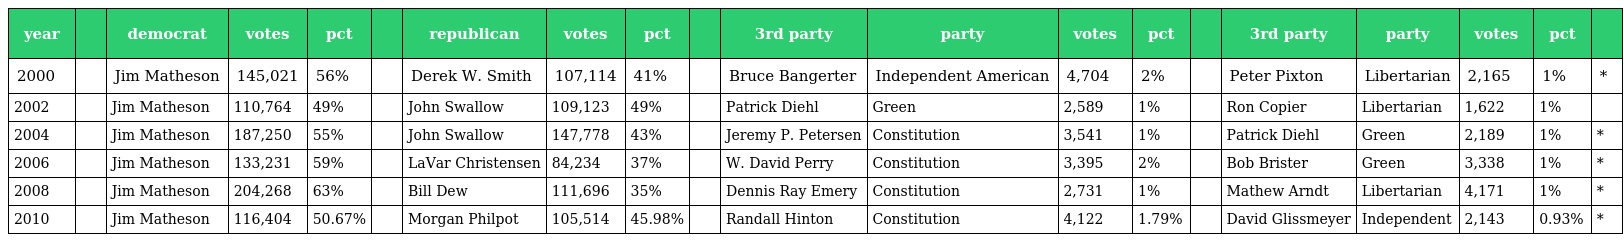
| year |  | democrat | votes | pct |  | republican | votes | pct |  | 3rd party | party | votes | pct |  | 3rd party | party | votes | pct |  |
 | --- | --- | --- | --- | --- | --- | --- | --- | --- | --- | --- | --- | --- | --- | --- | --- | --- | --- | --- | --- |
 | 2000 |  | Jim Matheson | 145,021 | 56% |  | Derek W. Smith | 107,114 | 41% |  | Bruce Bangerter | Independent American | 4,704 | 2% |  | Peter Pixton | Libertarian | 2,165 | 1% | * |
 | 2002 |  | Jim Matheson | 110,764 | 49% |  | John Swallow | 109,123 | 49% |  | Patrick Diehl | Green | 2,589 | 1% |  | Ron Copier | Libertarian | 1,622 | 1% |  |
 | 2004 |  | Jim Matheson | 187,250 | 55% |  | John Swallow | 147,778 | 43% |  | Jeremy P. Petersen | Constitution | 3,541 | 1% |  | Patrick Diehl | Green | 2,189 | 1% | * |
 | 2006 |  | Jim Matheson | 133,231 | 59% |  | LaVar Christensen | 84,234 | 37% |  | W. David Perry | Constitution | 3,395 | 2% |  | Bob Brister | Green | 3,338 | 1% | * |
 | 2008 |  | Jim Matheson | 204,268 | 63% |  | Bill Dew | 111,696 | 35% |  | Dennis Ray Emery | Constitution | 2,731 | 1% |  | Mathew Arndt | Libertarian | 4,171 | 1% | * |
 | 2010 |  | Jim Matheson | 116,404 | 50.67% |  | Morgan Philpot | 105,514 | 45.98% |  | Randall Hinton | Constitution | 4,122 | 1.79% |  | David Glissmeyer | Independent | 2,143 | 0.93% | * |